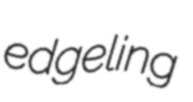
edgeling